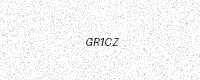
Text: GR1CZ